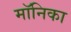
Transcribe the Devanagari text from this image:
माॅनिका